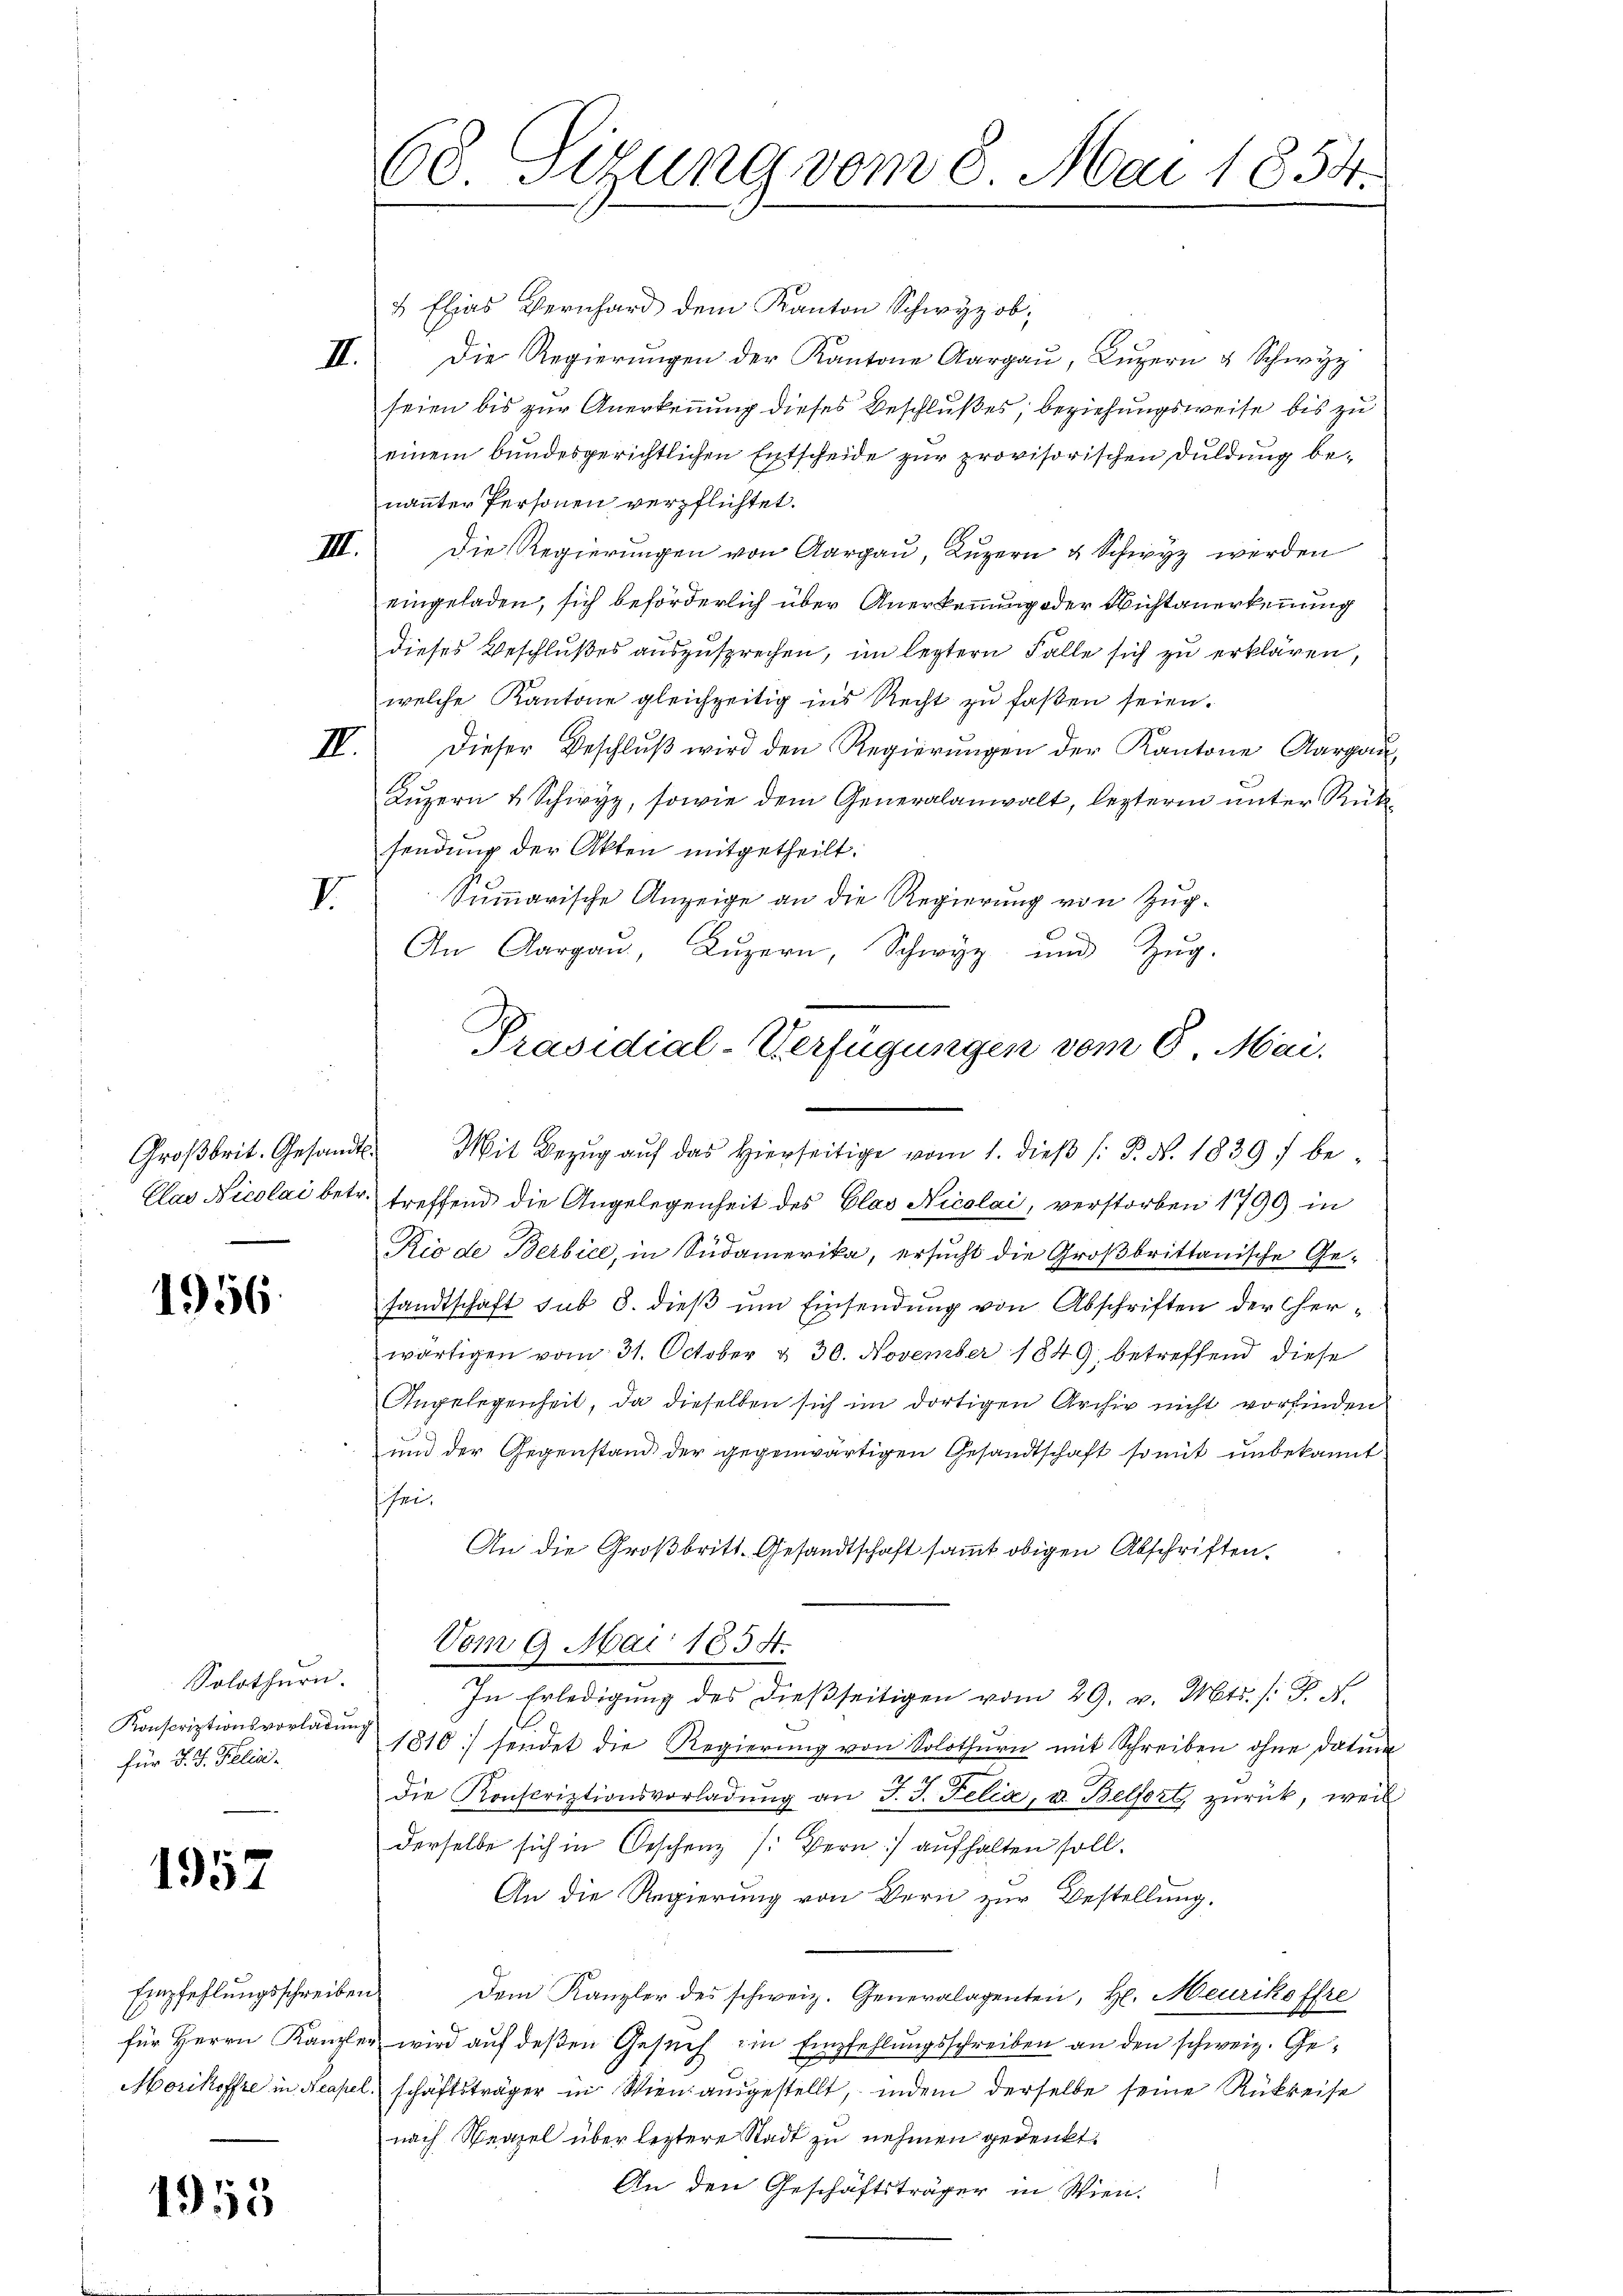
1956

Solothurn.
Konscriptionsvorladung
für d. J. Felia.

1957

Empfehlungsschreiben

1953

& Elias Bernhard dem Kanton Schwyz ob,
II. Die Regierŭngen der Kantone Aargaŭ, Lŭzern u Schwyz
seien bis zur Anerkennung dieses Beschlußes, beziehungsweise bis zu
einem bundesgerichtlichen Entscheide zur provisorischen Duldung be-
nannter Personen verpflichtet.
III. Die Regierŭngen von Aargaŭ, Lŭzern & Schwyz werden
eingeladen, sich beförderlich über Anerkennung oder Wichtanerkennung
dieses Beschlŭβes aŭszŭsprechen, im leztern Falle sich zu erklären,
welche Kantone gleichzeitig ins Recht zu faßen seien.
IV. Dieser Beschlŭβ wird den Regierŭngen der Kantone Aargaŭ
Lŭzern u. Schwyz, sowie dem Generalanwalt, lezteren unter Rüksendung der Akten mitgetheilt.
Summarische Anzeige an die Regierung von Zug-
I.
An Aargaŭ, Lŭzern, Schwyz und Zŭg.
Groβbrit. Gesandt. Mit Bezŭg aŭf das hierseitige vom 1. dieβ (: P. Nr. 1839 f be-
Clav Nicolai betr. treffend die Angelegenheit des Glas Nicolai, verstorben 1790 in
Rio de Berbice, in Südamerika, ersucht die Großbrittanische Gesandtschaft sub 8. dieβ ŭm Einsendung von Abschriften der Cherwärtigen vom 31. October v. 30. November 1849 betreffend diese
Angelegenheit, da dieselben sich im dortigen Archiv nicht vorfinden
und der Gegenstand der gegenwärtigen Gesandtschaft somit unbekannt
schei¬
An die Großbritt. Gesandtschaft sammt obigen Abschriften.
Vom 9. Mai 1854.
In Erledigŭng des dießseitigen vom 29. v. Mts. /:
1810 sendet die Regierung von Solothurn mit Schreiben ohne Datum
die Konscriptionsvorladŭng an J. J. Felia, u. Belfort zurück, weil
derselbe sich in Oeschenz /: Bern aufhalten soll.
An die Regierung von Bern zur Bestellung.
Dem Kanzler des schweiz. Generalagenten, H. Meurikoffre
für Herrn Kanzler wird auf deßen Gesuch ein Empfehlungsschreiben an den schweiz. Ge¬
Morikoffre in Neapel schäftsträger in Wien ausgestellt, indem derselbe seine Rükreise
nach Neapel über leztere Stadt zu nehmen gedenkt.
An den Geschäftsträger in Wien.

60 Sizung vom 8. Mai 1854.

Präsidial-Verfügungen vom 6. Mai,